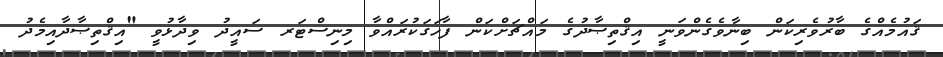
ޤައުމެއްގެ ބާރުވެރިކަން ބިނާވެގެންވަނީ އިޤްތިޞާދުގެ މައްޗަށްކަން ފާހަގަކުރައްވާ މިނިސްޓަރ ސައީދު ވިދާޅުވީ "އިޤްތިޞާދާއިމެދު